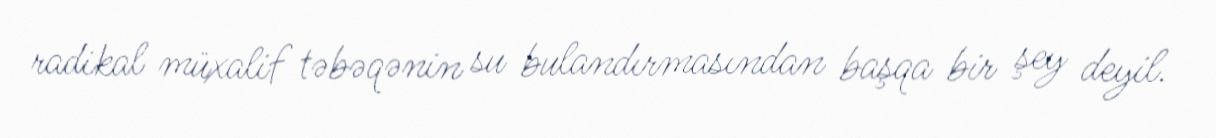
radikal müxalif təbəqənin su bulandırmasından başqa bir şey deyil.